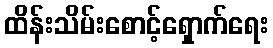
ထိန်းသိမ်းစောင့်ရှောက်ရေး